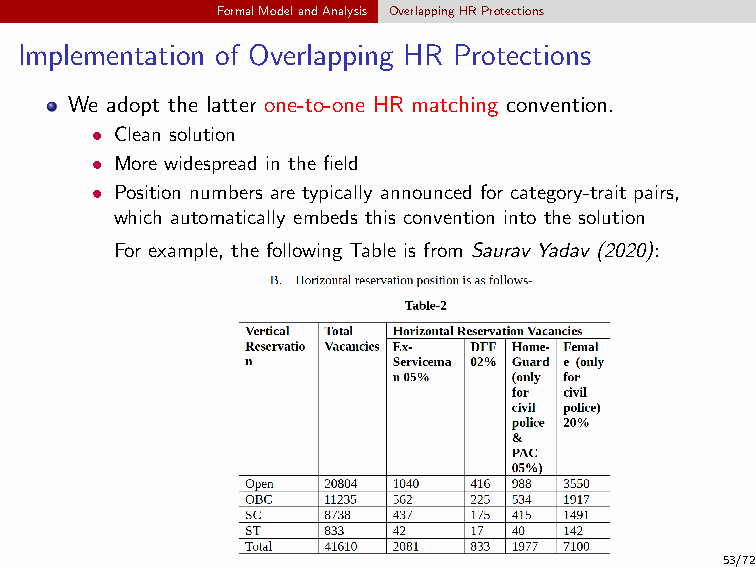
FormalModelandAnalysis OverlappingHRProtections
 Implementation of Overlapping HR Protections
 We adopt the latter one-to-one HR matching convention.
 • Clean solution
 • More widespread in the field
 • Position numbers are typically announced for category-trait pairs,
 which automatically embeds this convention into the solution
 For example, the following Table is from Saurav Yadav (2020):
 53/72